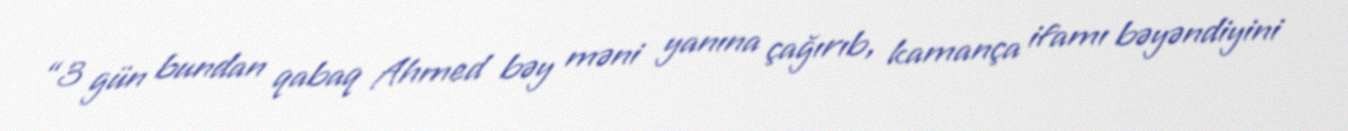
“3 gün bundan qabaq Ahmed bəy məni yanına çağırıb, kamança ifamı bəyəndiyini